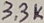
Text: 3.3K